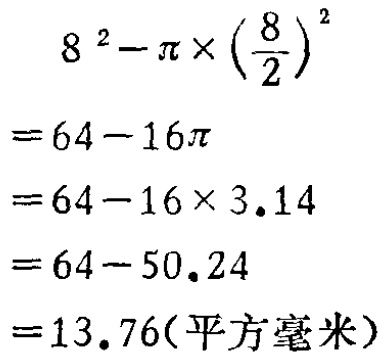
\[

\begin{align*}

&8^{2}-\pi\times\left(\frac{8}{2}\right)^{2}\\

=&64 - 16\pi\\

=&64-16\times3.14\\

=&64 - 50.24\\

=&13.76(\text{平方毫米})

\end{align*}

\]